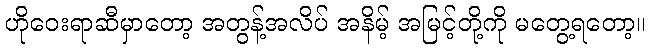
ဟိုဝေးရာဆီမှာတော့ အတွန့်အလိပ် အနိမ့် အမြင့်တို့ကို မတွေ့ရတော့။